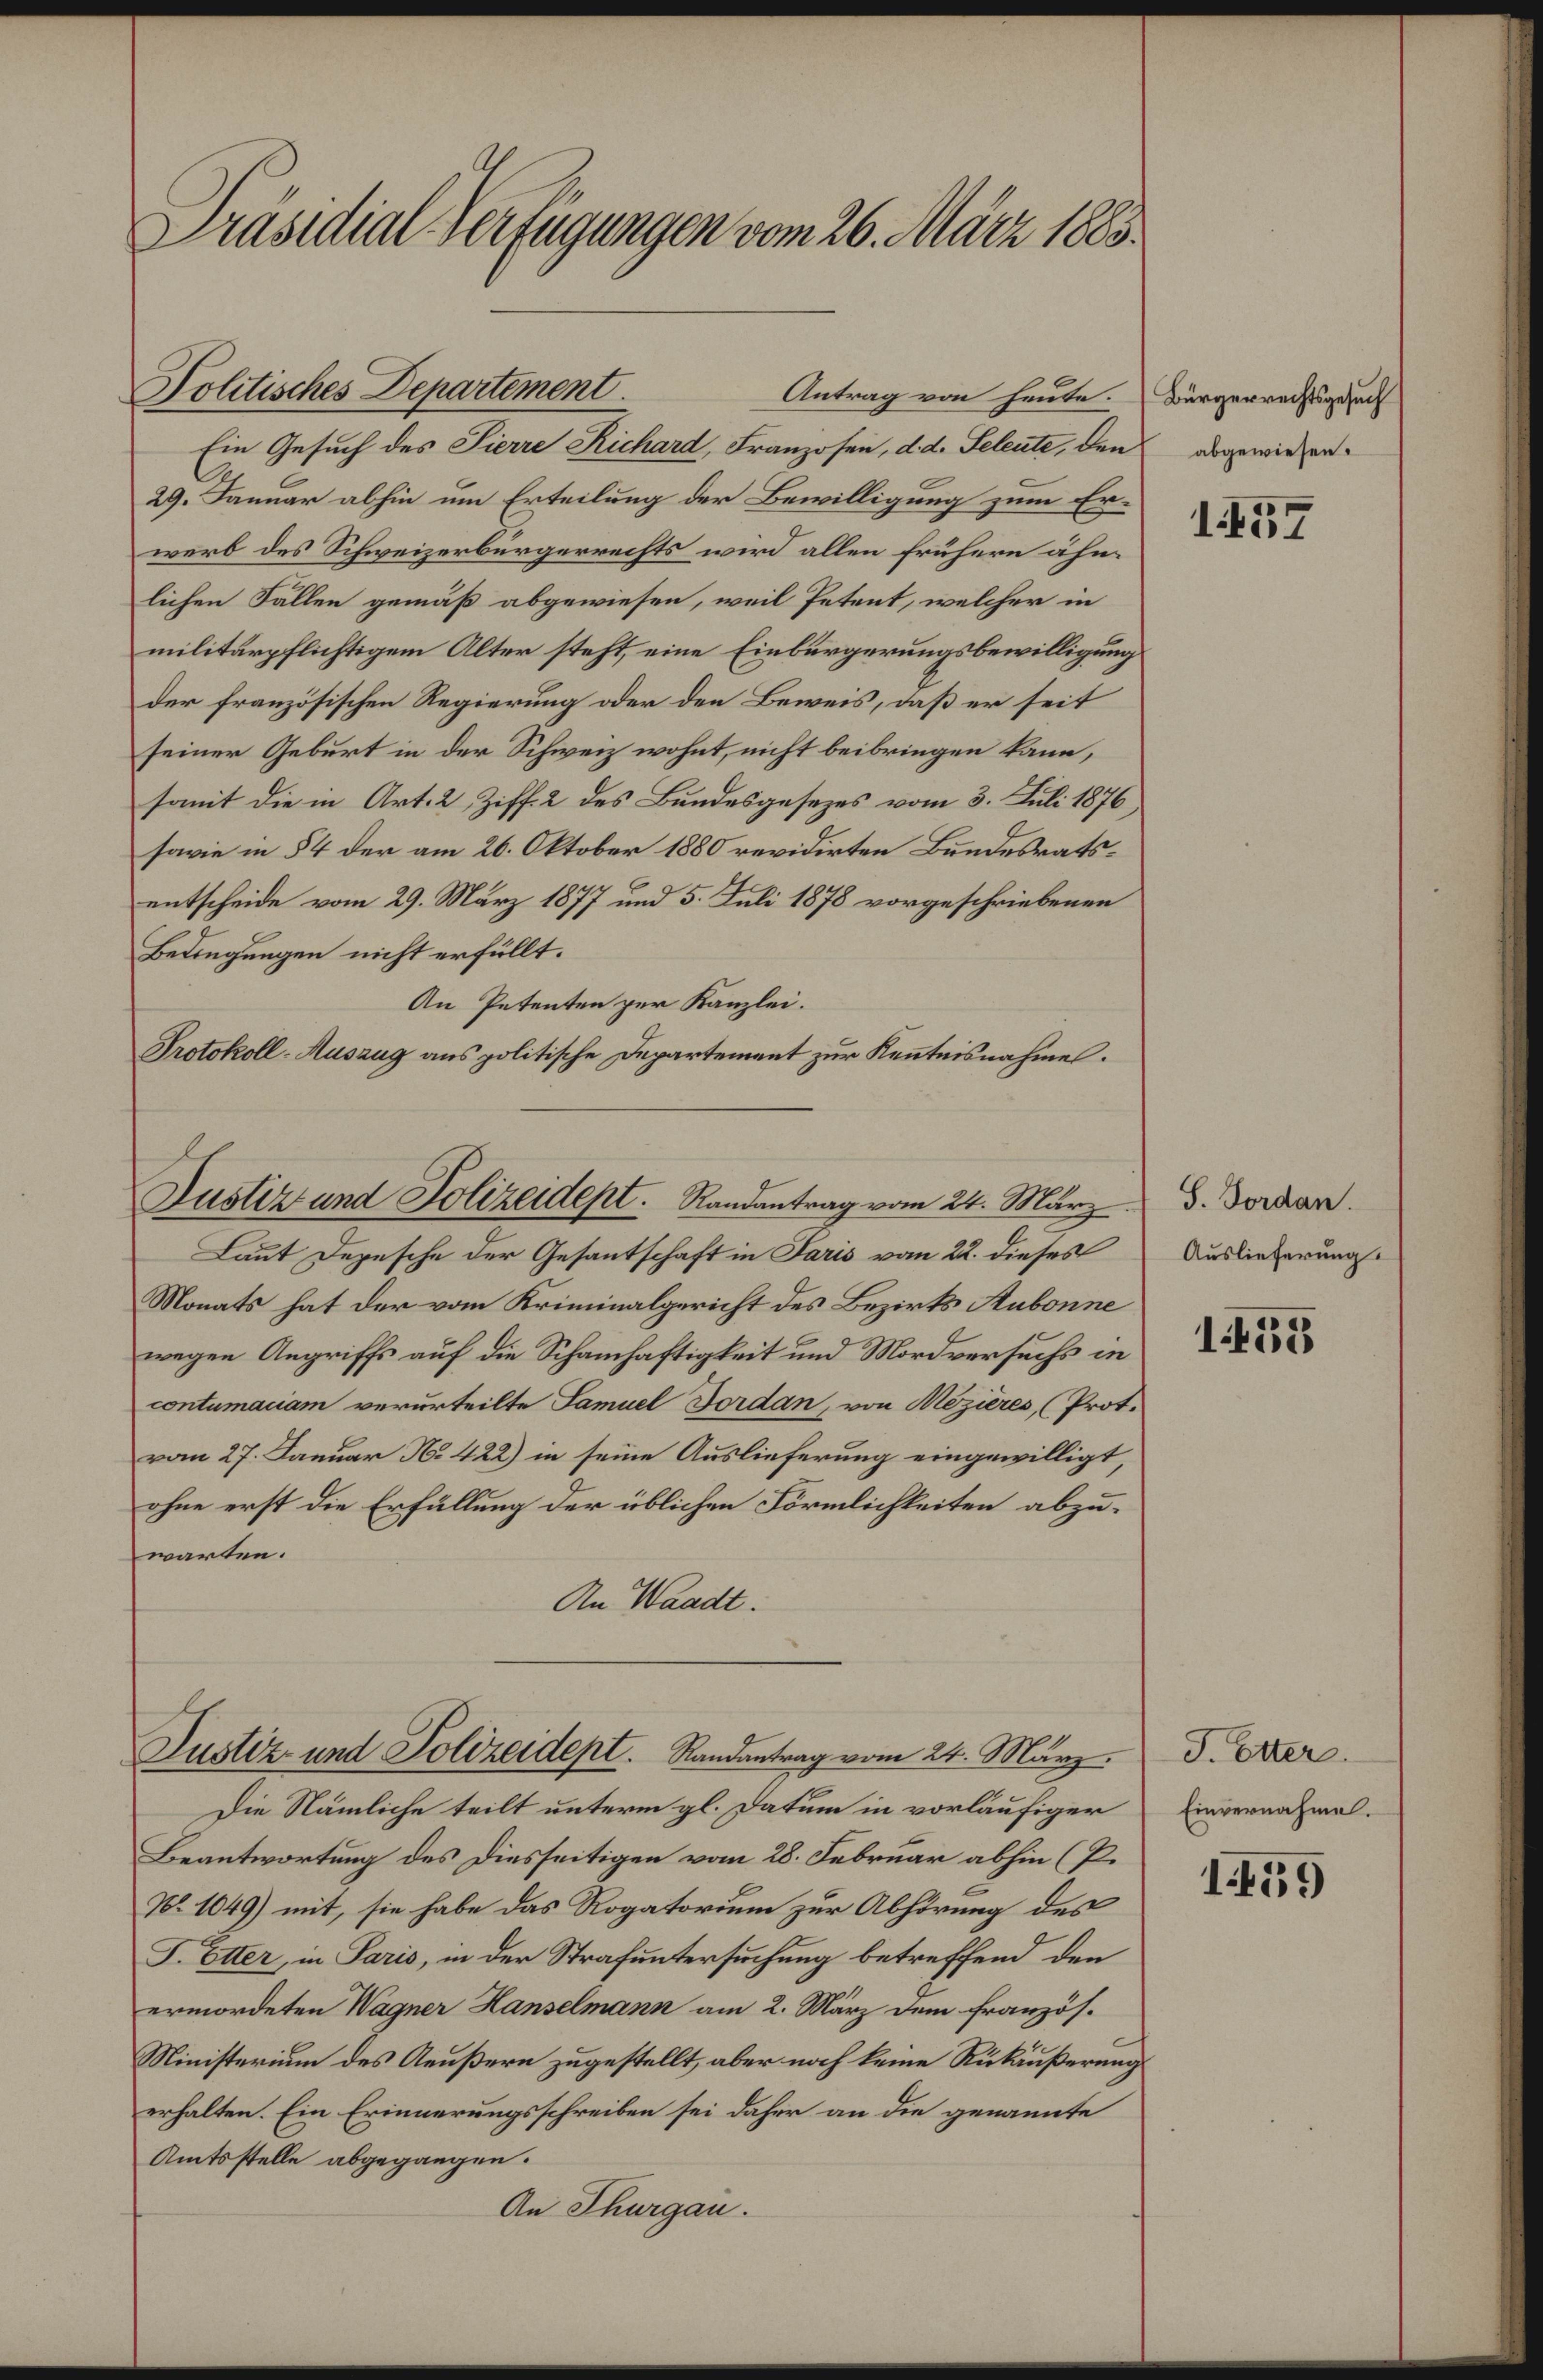
Präsidial-Verfügungen vom 26. März 1883.

Justiz und Polizeidept. Randantrag vom 24. März

Politisches Departement.
Antrag von heute. (Bürgerrechtsgesuch
Ein Gesuch des Pierre Richard, Franzosen, d. d. Seleute, den
29. Januar abhin um Erteilung der Bewilligung zum Erwerb des Schweizerbürgerrechts wird allen frühern ähnlichen Fällen gemäß abgewiesen, weil Petent, welcher in
militärpflichtigem Alter steht, eine Einbürgerungsbewilligung
der französischen Regierung oder den Beweis, daß er seit
seiner Geburt in der Schweiz wohnt, nicht beibringen kann,
somit die in Art. 2 Ziff. 2 des Bundesgesezes vom 3. Juli 1876
sowie in § 4 der am 26. Oktober 1880 revidirten Bundesratsentscheide vom 29. März 1877 und 5. Juli 1878 vorgeschriebenen
Bedingungen nicht erfüllt.
An Petenten zur Kanzlei.
Protokoll-Auszug aus politische Departement zur Kenntnisnahmes.

Laut Depesche der Gesantschaft in Paris vom 22. dieses
Monats hat der vom Kriminalgericht des Bezirks Aubonne
wegen Angriffs auf die Schamhaftigkeit und Mordversuchs in
contumaciam verurteilte Samuel Jordan, von Mezières, (Prot.
vom 27. Januar No 422) in seine Auslieferung eingewilligt
ohne erst die Erfüllung der üblichen Förmlichkeiten abzuwarten.
An Waadt.

Justiz- und Polizeidept. Randantrag vom 24. März.

Die Nämliche teilt unterm gl. Datum in vorläufiger
Beantwortung des Diesseitigen vom 28. Februar abhin (P
No. 1049) mit, sie habe das Rogatorium zur Abhörung des
F. Etter, in Paris, in der Strafuntersuchung betreffend den
ermordeten Wagner Hanselmann am 2. März dem französ.
Ministerium des Aeußern zugestellt, aber noch keine Rükäußerung
erhalten. Ein Erinnerungsschreiben sei daher an die genannte
Amtsstelle abgegangen.
An Thurgau.

abgewiesen.

157

S. Forden.
Auslieferung.

155

J. Etter.
Einvernahme.

159